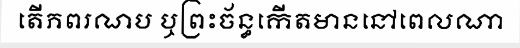
តើភពរណប ឬព្រះច័ន្ធកើតមាននៅពេលណា